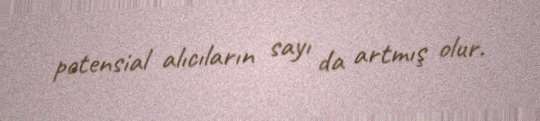
potensial alıcıların sayı da artmış olur.